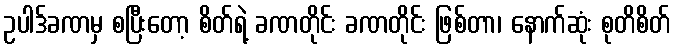
ဥပါဒ်ခဏမှ စပြီးတော့ စိတ်ရဲ့ ခဏတိုင်း ခဏတိုင်း ဖြစ်တာ၊ နောက်ဆုံး စုတိစိတ်